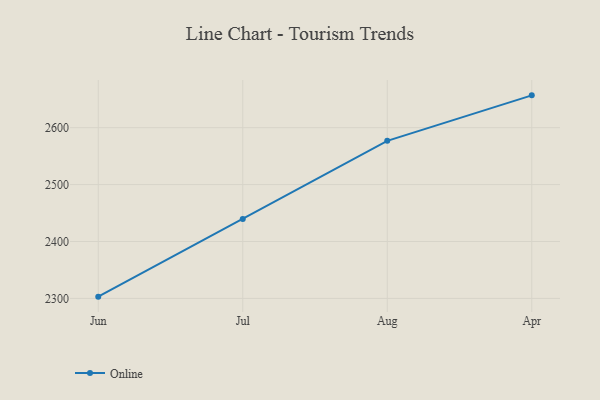
{"axis": {"x": "Month", "y": "Churn Rate (%)"}, "legend": ["Online"], "data": [{"x": "Jun", "y": 2303.1, "type": "Online"}, {"x": "Jul", "y": 2439.6, "type": "Online"}, {"x": "Aug", "y": 2576.9, "type": "Online"}, {"x": "Apr", "y": 2656.8, "type": "Online"}]}